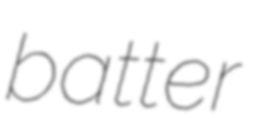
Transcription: batter